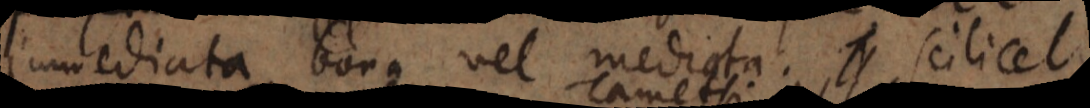
immediata bona vel mediata; scilicet